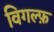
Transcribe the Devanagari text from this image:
विगल्फ़